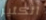
الكثير